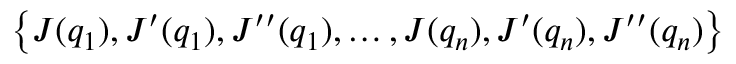
\left\{ J ( q _ { 1 } ) , J ^ { \prime } ( q _ { 1 } ) , J ^ { \prime \prime } ( q _ { 1 } ) , \ldots , J ( q _ { n } ) , J ^ { \prime } ( q _ { n } ) , J ^ { \prime \prime } ( q _ { n } ) \right\}